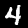
Label: 4